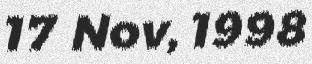
17 Nov, 1998